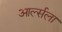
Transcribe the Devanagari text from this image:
आर्ल्सला